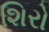
શિરો